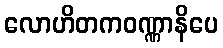
လောဟိတကဝဏ္ဏာနိပေ